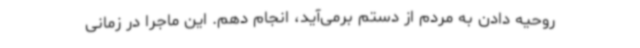
روحیه دادن به مردم از دستم برمی‌آید، انجام دهم. این ماجرا در زمانی